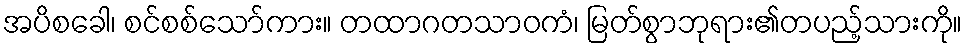
အပိစခေါ၊ စင်စစ်သော်ကား။ တထာဂတသာဝကံ၊ မြတ်စွာဘုရား၏တပည့်သားကို။